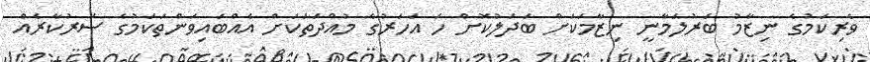
ވެރިކަމުގެ ނިޒާމު ބަރުލަމާނީ ނިޒާމަކަށް ބަދަލުކޮށް ހަ އަހަރުގެ މުއްދަތަކަށް އެއްބައިވަންތަކަމުގެ ސަރުކާރެއް